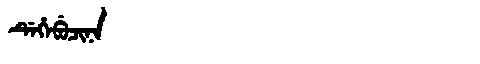
Manchu: ᡩᡝᡥᡝᠪᡠᠴᡳᠨᠠ
Romanization: DEHEBUCINA